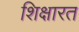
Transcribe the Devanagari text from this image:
शिक्षारत